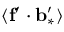
\langle { { \bf { f } } ^ { \prime } \cdot { \bf { b } } _ { \ast } ^ { \prime } } \rangle